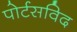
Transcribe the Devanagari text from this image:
पोर्टसविद